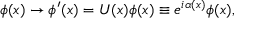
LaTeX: \phi ( x ) \rightarrow \phi ^ { \prime } ( x ) = U ( x ) \phi ( x ) \equiv e ^ { i \alpha ( x ) } \phi ( x ) ,